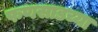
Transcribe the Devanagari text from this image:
फणसाडच्या